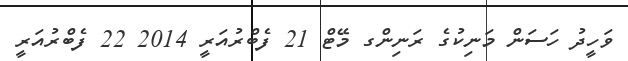
ވަހީދު ހަސަން މަނިކުގެ ރަނިންގ މޭޓް 21 ފެބްރުއަރީ 2014 22 ފެބްރުއަރީ